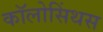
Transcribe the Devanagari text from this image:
कॉलोसिंथस